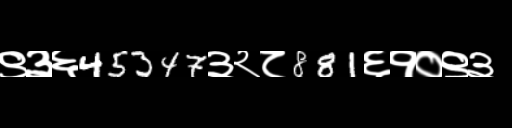
Text: ९३६45347३२८881६१०९३